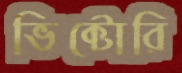
ভিক্টোরি